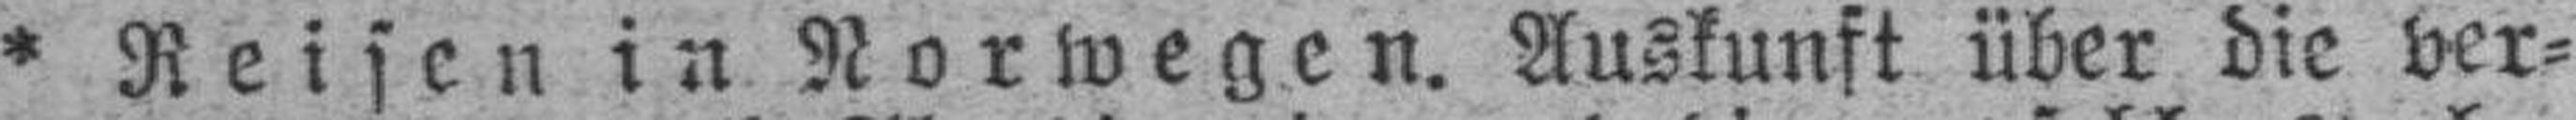
* Reisen in Norwegen. Auskunft über die ver¬